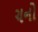
ચનો